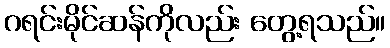
ဂရင်းမိုင်ဆန်ကိုလည်း တွေ့ရသည်။